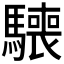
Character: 𩦌